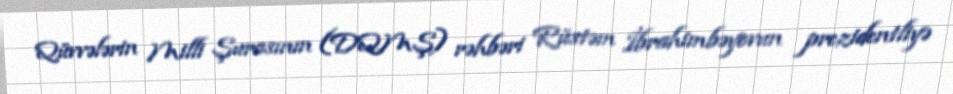
Qüvvələrin Milli Şurasının (DQMŞ) rəhbəri Rüstəm İbrahimbəyovun prezidentliyə